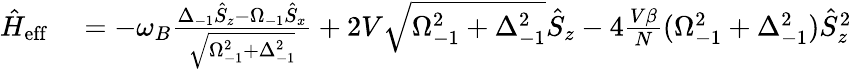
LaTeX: \begin{array}{rl}{\hat{H}_{\mathrm{eff}}}&{{}=-\omega_{B}\frac{\Delta_{-1}\hat{S}_{z}-\Omega_{-1}\hat{S}_{x}}{\sqrt{\Omega_{-1}^{2}+\Delta_{-1}^{2}}}+2V\sqrt{\Omega_{-1}^{2}+\Delta_{-1}^{2}}\hat{S}_{z}-4\frac{V\beta}{N}(\Omega_{-1}^{2}+\Delta_{-1}^{2})\hat{S}_{z}^{2}}\end{array}